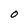
Character: O